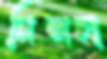
নিসচা